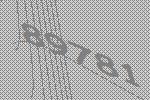
89781